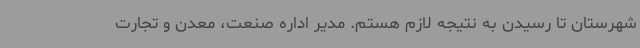
شهرستان تا رسیدن به نتیجه لازم هستم. مدیر اداره صنعت، معدن و تجارت